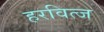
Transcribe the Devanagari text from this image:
हरवित्ज